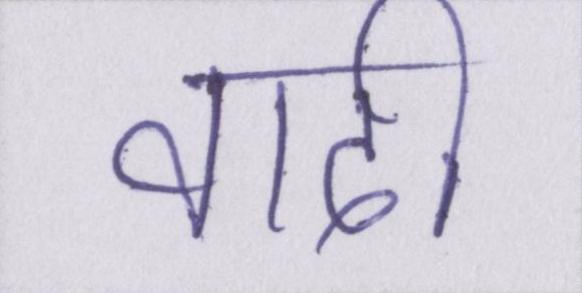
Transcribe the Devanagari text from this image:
वादी